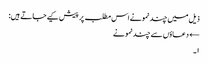
ذیل میں چند نمونے اس مطلب پر پیش کیے جاتے ہیں:
← دعاؤں سے چند نمونے
۱۔